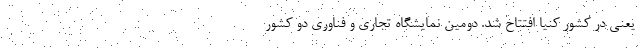
یعنی در کشور کنیا افتتاح شد. دومین نمایشگاه تجاری و فناوری دو کشور